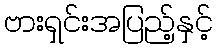
ဗားရှင်းအပြည့်နှင့်